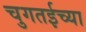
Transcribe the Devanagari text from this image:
चुगतईच्या